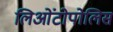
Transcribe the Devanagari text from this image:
लिओंटोपोलिस